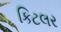
કિટલર